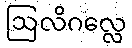
ဩလိဂလ္လေ